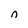
Character: n